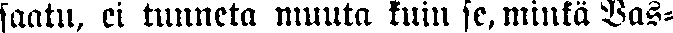
saatu, ei tunneta muuta kuin se, minkä Vas-